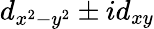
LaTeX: d_{x^{2}-y^{2}}\pm id_{xy}